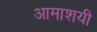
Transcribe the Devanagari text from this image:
आमाशयी